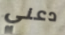
دعني